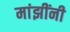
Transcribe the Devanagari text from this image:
मांझींनी